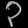
Digit: ၃